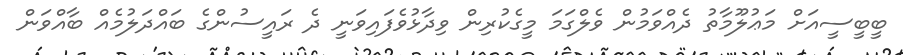
ބީބީސީއަށް މަޢުލޫމާތު ދެއްވަމުން ވެލްގަމަ މީގެކުރިން ވިދާޅުވެފައިވަނީ ދެ ރައީސުންގެ ބައްދަލުމެއް ބާއްވަން